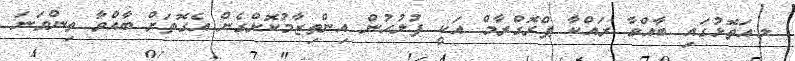
ލ.އަތޮޅުގައި ބާއްވާ ރައްކާ ޕްރޮގްރާމް އަކީ ފުލުހުން އިންތިޒާމުކޮށްގެން އެގޮތަށް ބާއްވާ ތިންވަނަ